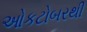
ઓકટોબરથી